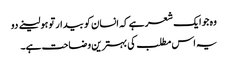
وہ جو ایک شعر ہے کہ انسان کو بیدار تو ہو لینے دو
یہ اس مطلب کی بہترین وضاحت ہے۔